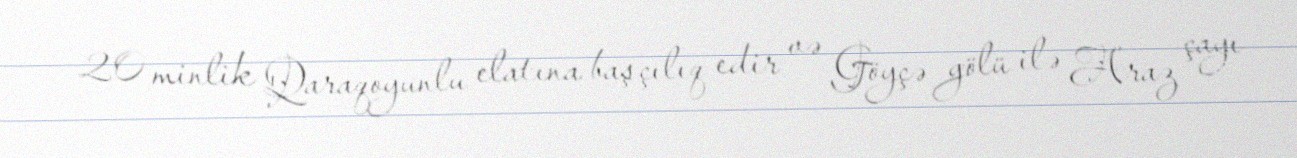
20 minlik Qaraqoyunlu elatına başçılıq edir və Göyçə gölü ilə Araz çayı